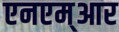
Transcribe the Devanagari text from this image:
एनएम्आर